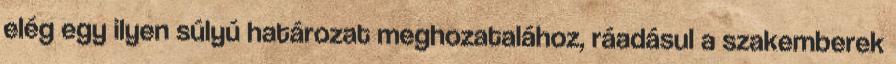
elég egy ilyen súlyú határozat meghozatalához, ráadásul a szakemberek